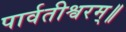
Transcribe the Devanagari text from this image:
पार्वतीश्वरम्॥